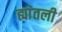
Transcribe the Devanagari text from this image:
ह्यांतली